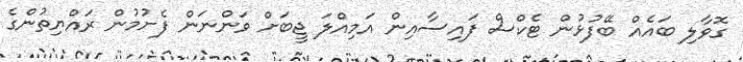
ގޮވާލި ބައެއް ބޭފުޅުން ޓެކްސް ފައިސާއިން އަމިއްލަ ޖީބަށް ވަންނަން ފެށުމުން ރައްޔިތުންގެ